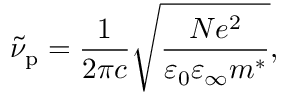
\tilde { \nu } _ { \mathrm { p } } = \frac { 1 } { 2 \pi c } \sqrt { \frac { N e ^ { 2 } } { \varepsilon _ { 0 } \varepsilon _ { \infty } m ^ { * } } } ,